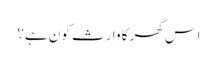
اس گھر کا وارث کون ہے؟